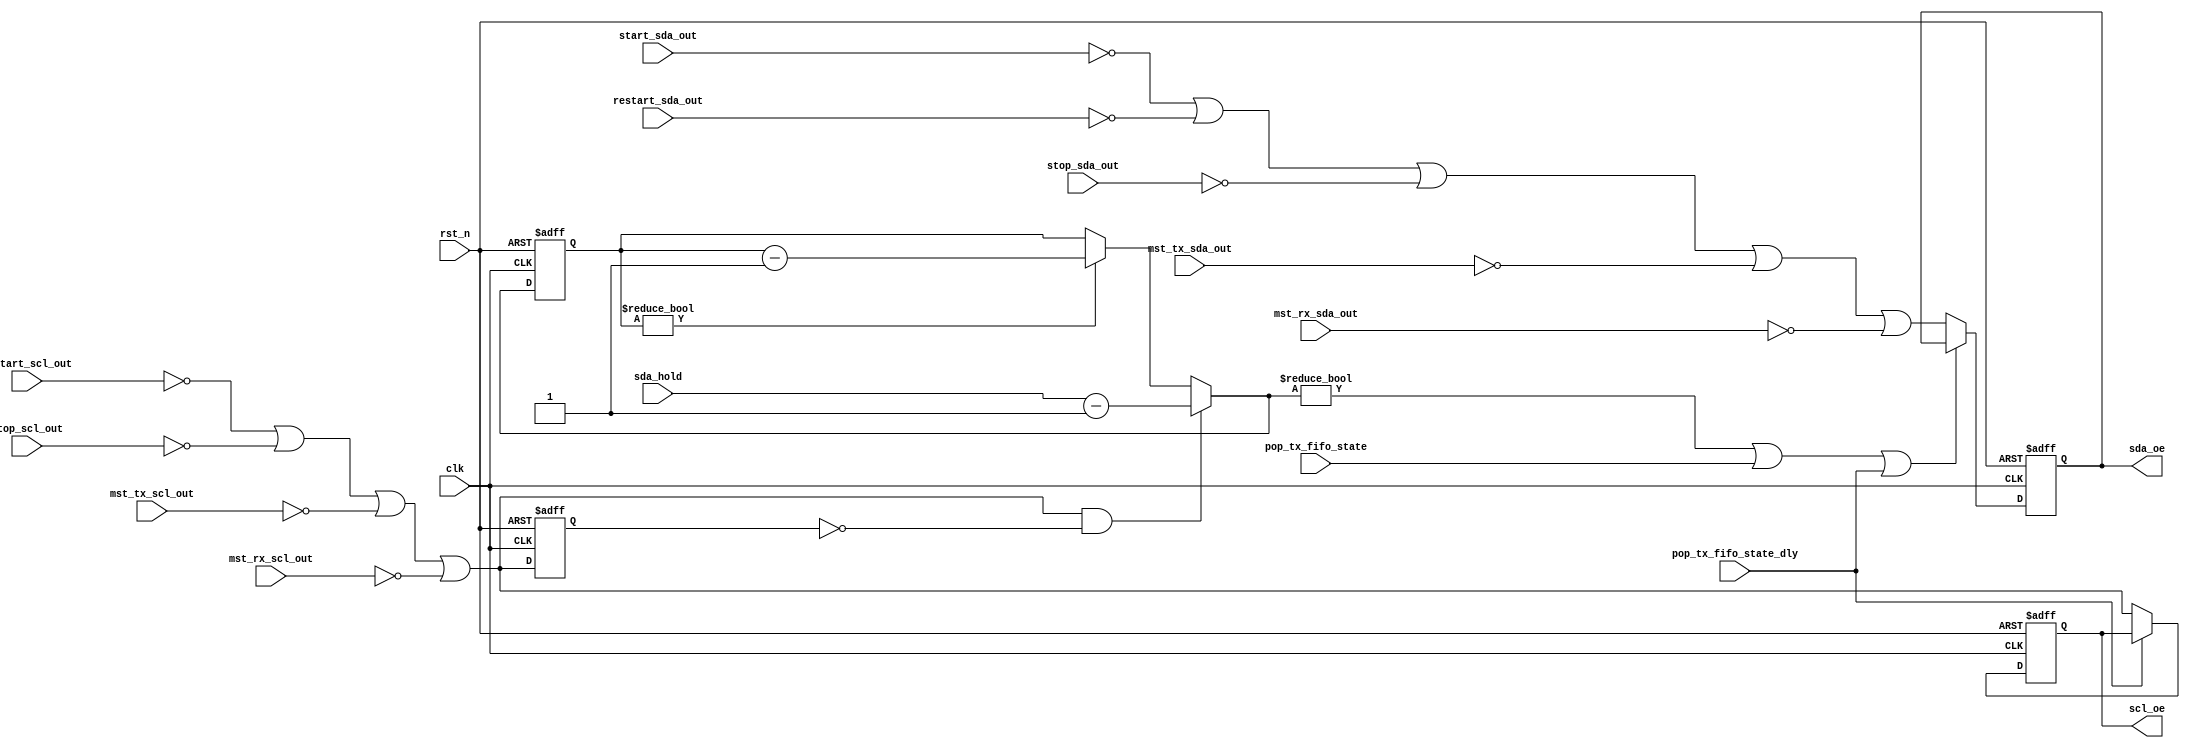
// (C) 2001-2018 Intel Corporation. All rights reserved.
// Your use of Intel Corporation's design tools, logic functions and other 
// software and tools, and its AMPP partner logic functions, and any output 
// files from any of the foregoing (including device programming or simulation 
// files), and any associated documentation or information are expressly subject 
// to the terms and conditions of the Intel Program License Subscription 
// Agreement, Intel FPGA IP License Agreement, or other applicable 
// license agreement, including, without limitation, that your use is for the 
// sole purpose of programming logic devices manufactured by Intel and sold by 
// Intel or its authorized distributors.  Please refer to the applicable 
// agreement for further details.


// synthesis translate_off
`timescale 1ns / 1ps
// synthesis translate_on

module altera_avalon_i2c_txout (
    input           clk,
    input           rst_n,
    input [15:0]    sda_hold,
    input           start_sda_out,
    input           restart_sda_out,
    input           stop_sda_out,
    input           mst_tx_sda_out,
    input           mst_rx_sda_out,
    input           restart_scl_out,
    input           stop_scl_out,
    input           mst_tx_scl_out,
    input           mst_rx_scl_out,
    input           pop_tx_fifo_state,
    input           pop_tx_fifo_state_dly,

    output          sda_oe,
    output          scl_oe

);

reg         data_oe;
reg         clk_oe;
reg         clk_oe_nxt_dly;
reg [15:0]  sda_hold_cnt;
reg [15:0]  sda_hold_cnt_nxt;

wire        data_oe_nxt;
wire        clk_oe_nxt;
wire        clk_oe_nxt_hl;
wire        load_sda_hold_cnt;
wire        sda_hold_en;

assign data_oe_nxt  =   ~start_sda_out   |
                        ~restart_sda_out |
                        ~stop_sda_out    |
                        ~mst_tx_sda_out  |
                        ~mst_rx_sda_out;

assign clk_oe_nxt   =   ~restart_scl_out |
                        ~stop_scl_out    |
                        ~mst_tx_scl_out  |
                        ~mst_rx_scl_out;

assign clk_oe_nxt_hl        = clk_oe_nxt & ~clk_oe_nxt_dly;
assign load_sda_hold_cnt    = clk_oe_nxt_hl;
assign sda_hold_en          = (sda_hold_cnt_nxt != 16'h0) | pop_tx_fifo_state | pop_tx_fifo_state_dly;

assign sda_oe   = data_oe;
assign scl_oe   = clk_oe;

always @(posedge clk or negedge rst_n) begin
    if (!rst_n)
        clk_oe_nxt_dly <= 1'b0;
    else
        clk_oe_nxt_dly <= clk_oe_nxt;
end

always @(posedge clk or negedge rst_n) begin
    if (!rst_n)
        data_oe <= 1'b0;
    else if (sda_hold_en)
        data_oe <= data_oe;
    else
        data_oe <= data_oe_nxt;
end

always @(posedge clk or negedge rst_n) begin
    if (!rst_n)
        clk_oe <= 1'b0;
    else if (pop_tx_fifo_state_dly)
        clk_oe <= clk_oe;
    else
        clk_oe <= clk_oe_nxt;
end

always @(posedge clk or negedge rst_n) begin
    if (!rst_n)
        sda_hold_cnt <= 16'h0;
    else
        sda_hold_cnt <= sda_hold_cnt_nxt;
end

always @* begin
    if (load_sda_hold_cnt)
        sda_hold_cnt_nxt = (sda_hold - 16'h1);
    else if (sda_hold_cnt != 16'h0)
        sda_hold_cnt_nxt = sda_hold_cnt - 16'h1;
    else
        sda_hold_cnt_nxt = sda_hold_cnt;
end

endmodule